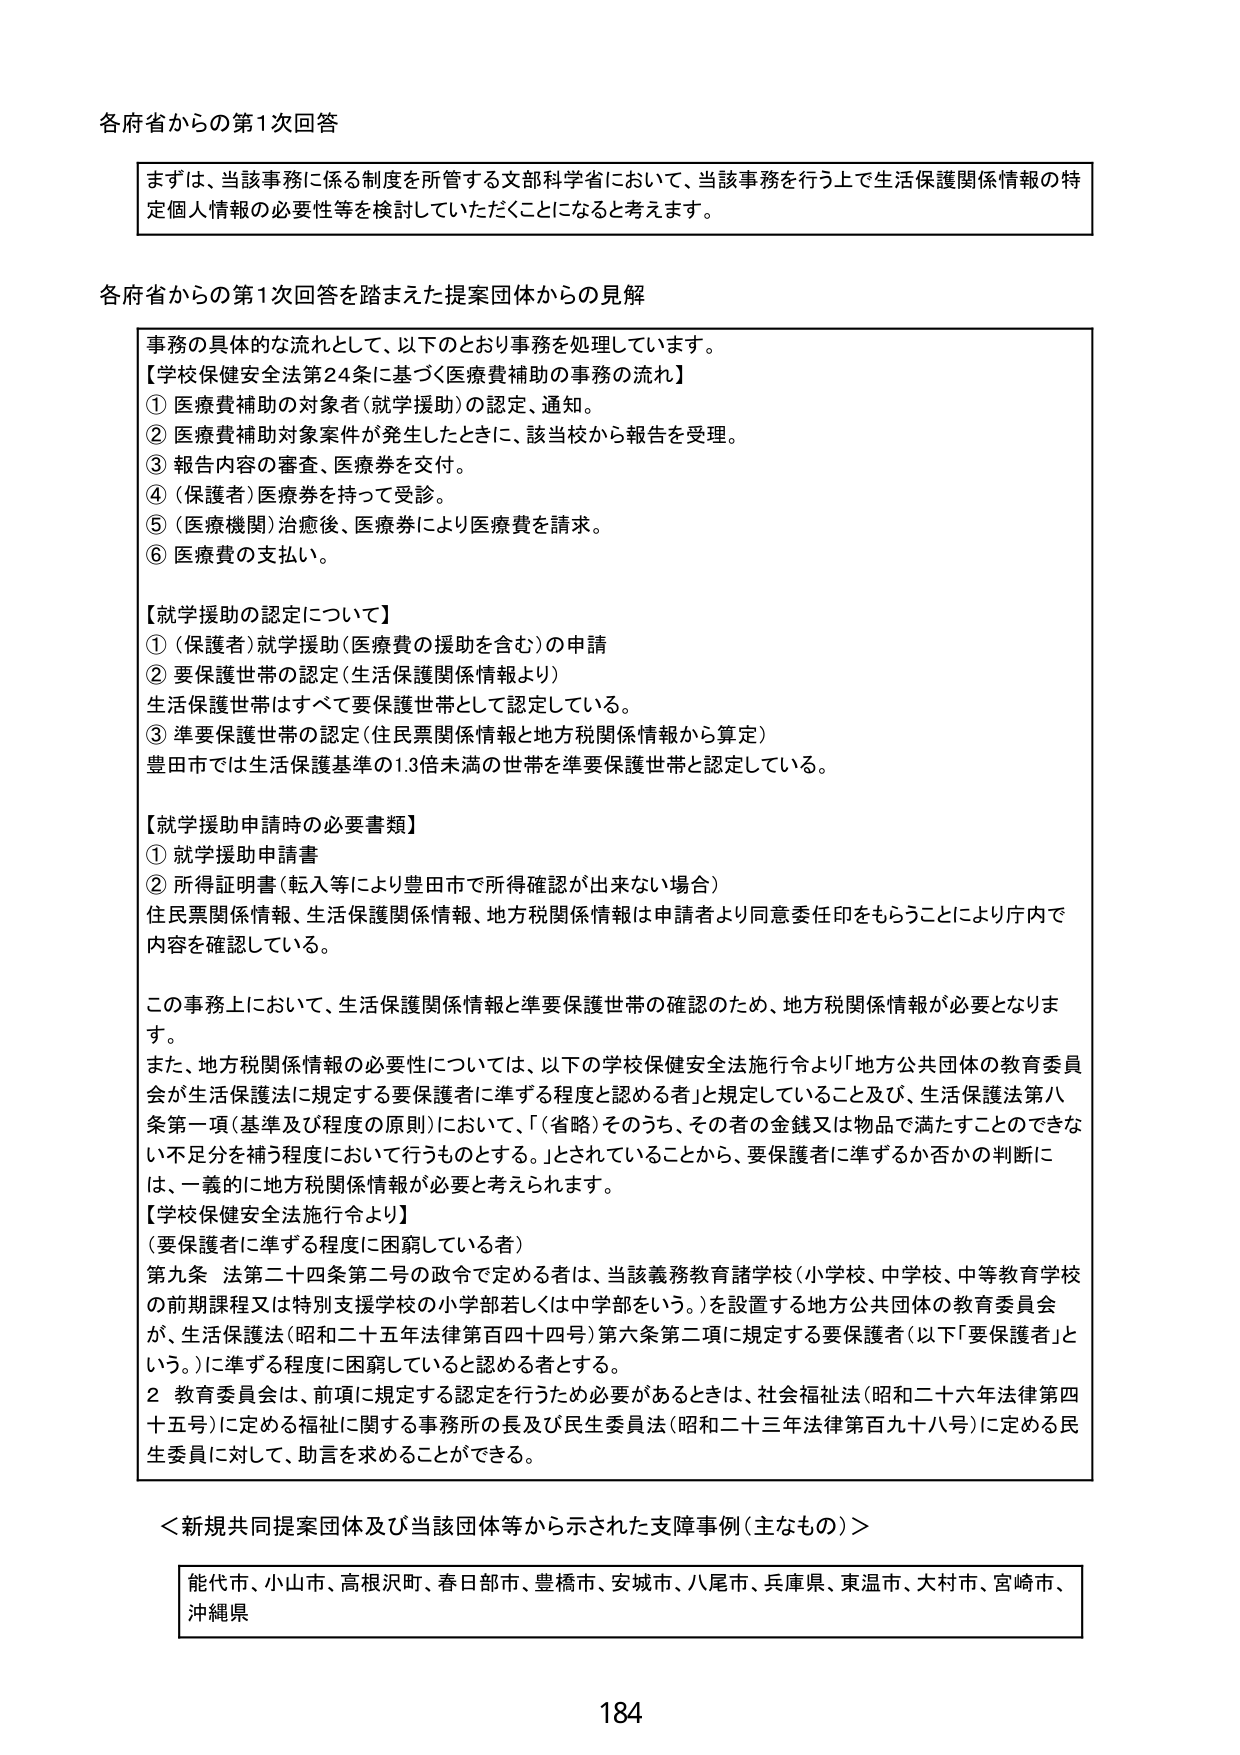
各府省からの第1次回答

まずは、当該事務に係る制度を所管する文部科学省において、当該事務を行う上で生活保護関係情報の特定個人情報の必要性等を検討していただくことになると考えます。

各府省からの第1次回答を踏まえた提案団体からの見解

事務の具体的な流れとして、以下のとおり事務を処理しています。
【学校保健安全法第24条に基づく医療費補助の事務の流れ】
① 医療費補助の対象者（就学援助）の認定、通知。
② 医療費補助対象案件が発生したときに、該当校から報告を受理。
③ 報告内容の審査、医療券を交付。
④ （保護者）医療券を持って受診。
⑤ （医療機関）治癒後、医療券により医療費を請求。
⑥ 医療費の支払い。

【就学援助の認定について】
① （保護者）就学援助（医療費の援助を含む）の申請
② 要保護世帯の認定（生活保護関係情報より）
生活保護世帯はすべて要保護世帯として認定している。
③ 準要保護世帯の認定（住民票関係情報と地方税関係情報から算定）
豊田市では生活保護基準の1.3倍未満の世帯を準要保護世帯と認定している。

【就学援助申請時の必要書類】
① 就学援助申請書
② 所得証明書（転入等により豊田市で所得確認が出来ない場合）
住民票関係情報、生活保護関係情報、地方税関係情報は申請者より同意委任印をもらうことにより庁内で内容を確認している。

この事務上において、生活保護関係情報と準要保護世帯の確認のため、地方税関係情報が必要となります。
また、地方税関係情報の必要性については、以下の学校保健安全法施行令より「地方公共団体の教育委員会が生活保護法に規定する要保護者に準ずる程度と認める者」と規定していること及び、生活保護法第八条第一項（基準及び程度の原則）において、「（省略）そのうち、その者の金銭又は物品で満たすことのできない不足分を補う程度において行うものとする。」とされていることから、要保護者に準ずるか否かの判断には、一義的に地方税関係情報が必要と考えられます。

【学校保健安全法施行令より】
（要保護者に準ずる程度に困窮している者）
第九条 法第二十四条第二号の政令で定める者は、当該義務教育諸学校（小学校、中学校、中等教育学校の前期課程又は特別支援学校の小学部若しくは中学部をいう。）を設置する地方公共団体の教育委員会が、生活保護法（昭和二十五年法律第百四十四号）第六条第二項に規定する要保護者（以下「要保護者」という。）に準ずる程度に困窮していると認める者とする。
2 教育委員会は、前項に規定する認定を行うため必要があるときは、社会福祉法（昭和二十六年法律第四十五号）に定める福祉に関する事務所の長及び民生委員法（昭和二十三年法律第百九十八号）に定める民生委員に対して、助言を求めることができる。

＜新規共同提案団体及び当該団体等から示された支障事例（主なもの）＞

能代市、小山市、高根沢町、春日部市、豊橋市、安城市、八尾市、兵庫県、東温市、大村市、宮崎市、沖縄県

184